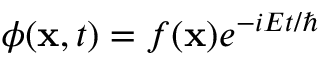
\phi ( \mathbf { x } , t ) = f ( \mathbf { x } ) e ^ { - i E t / \hbar }